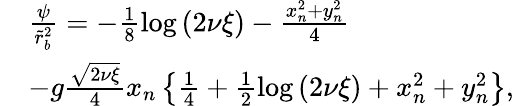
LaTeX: \begin{array}{rl}&{\frac{\psi}{\tilde{r}_{b}^{2}}=-\frac{1}{8}\log\left(2\nu\xi\right)-\frac{x_{n}^{2}+y_{n}^{2}}{4}}\\ &{-g\frac{\sqrt{2\nu\xi}}{4}x_{n}\left\{ \frac{1}{4}+\frac{1}{2}\log\left(2\nu\xi\right)+x_{n}^{2}+y_{n}^{2}\right\} ,}\end{array}